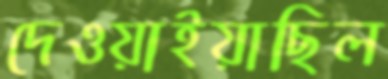
দেওয়াইয়াছিল